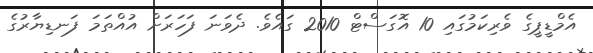
އެމްޑީޕީގެ ވެރިކަމުގައި 10 އޮގަސްޓް 2010 ގައެވެ. ދެވަނަ ފަހަރަށް އުއްތަމަ ފަނޑިޔާރުގެ